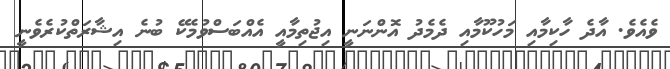
ވެއެވެ. އާދެ ހާކިމާއި މަހުކޫމާއި ދެމެދު އޮންނަނީ އިޖުތިމާއީ އެއްބަސްވުމެކޭ ބުނެ އިޝާރަތްކުރެވެނީ